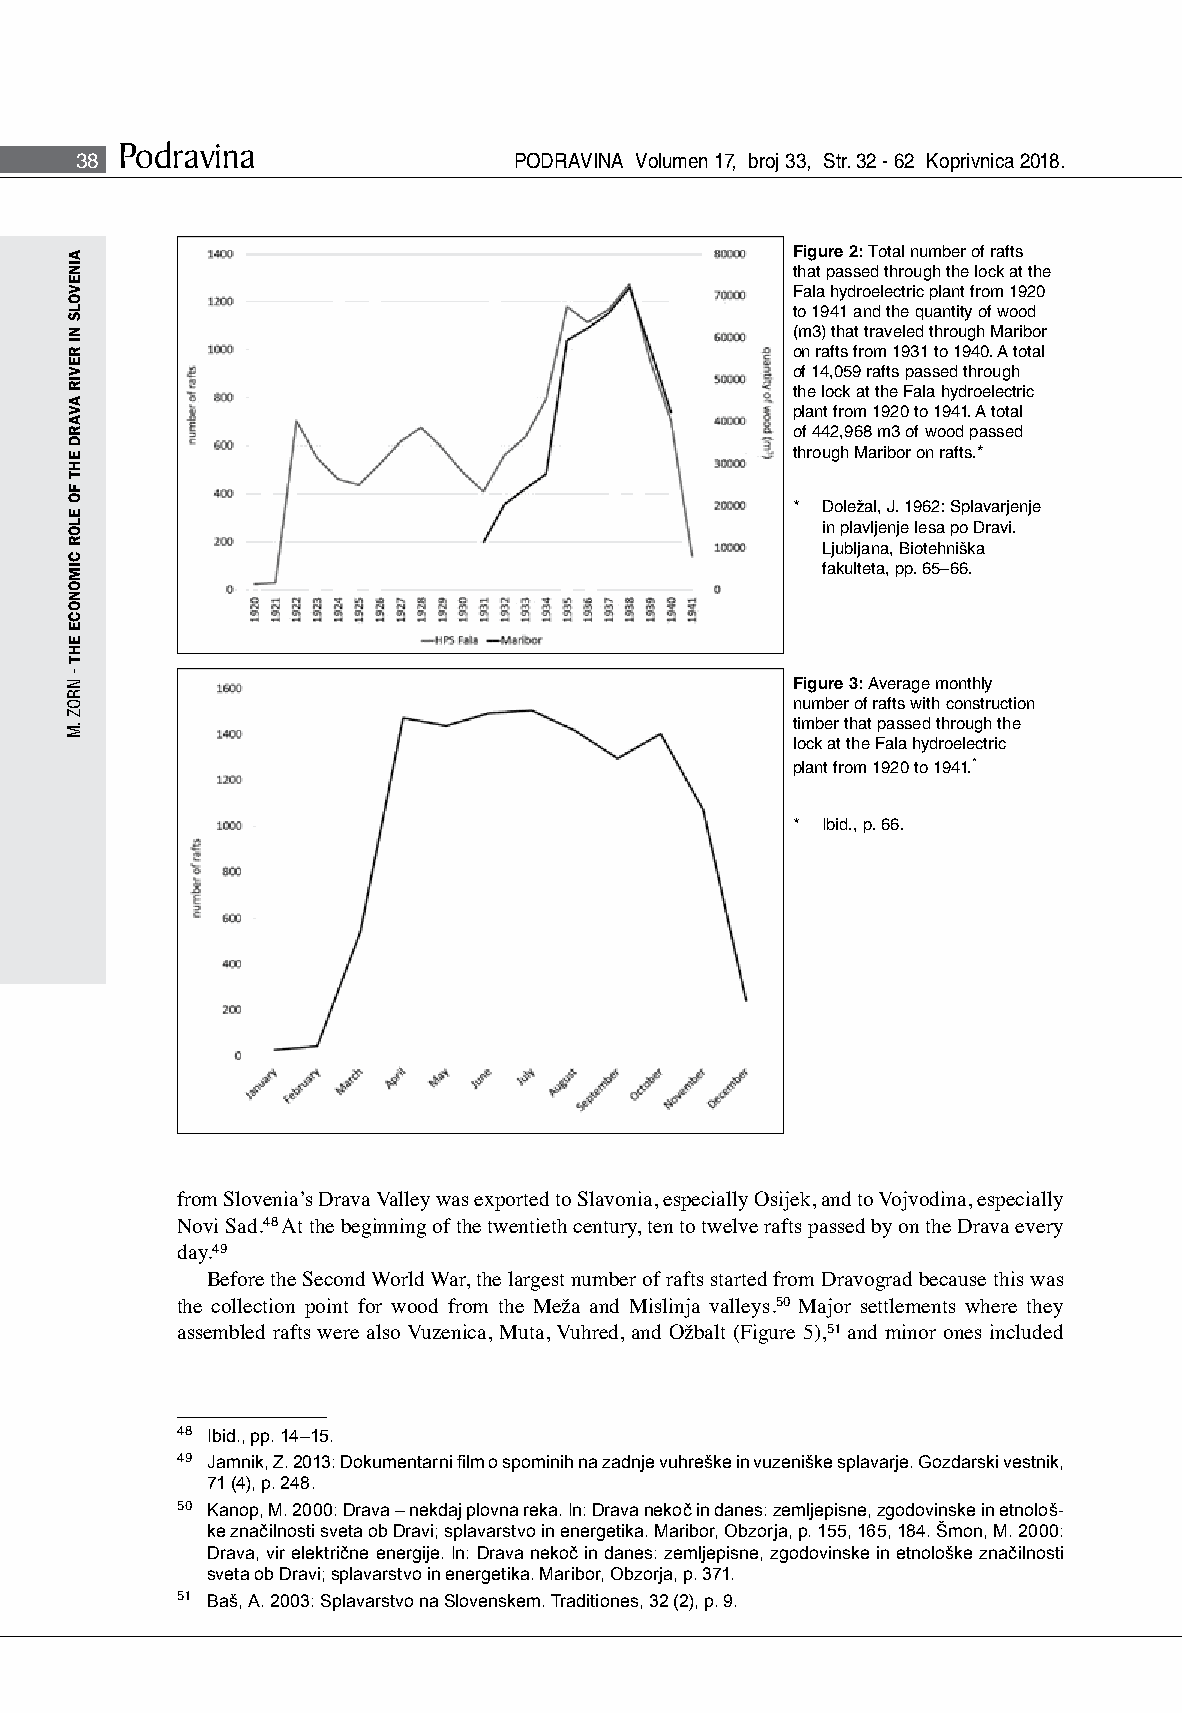
Podravina
 38                           PODRAVINA Volumen 17, broj 33, Str. 32 - 62 Koprivnica 2018.
 Figure 2: Total number of rafts
 that passed through the lock at the
 Fala hydroelectric plant from 1920
 to 1941 and the quantity of wood
 (m3) that traveled through Maribor
 on rafts from 1931 to 1940. A total
 of 14,059 rafts passed through
 the lock at the Fala hydroelectric
 plant from 1920 to 1941. A total
 of 442,968 m3 of wood passed
 through Maribor on rafts.*
 * Doležal, J. 1962: Splavarjenje
 in plavljenje lesa po Dravi.
 Ljubljana, Biotehniška
 fakulteta, pp. 65–66.
 Figure 3: Average monthly
 number of rafts with construction
 timber that passed through the
 lock at the Fala hydroelectric
 plant from 1920 to 1941.*
 * Ibid., p. 66.
 from Slovenia’s Drava Valley was exported to Slavonia, especially Osijek, and to Vojvodina, especially
 Novi Sad.48 At the beginning of the twentieth century, ten to twelve rafts passed by on the Drava every
 day.49
 Before the Second World War, the largest number of rafts started from Dravograd because this was
 the collection point for wood from the Meža and Mislinja valleys.50 Major settlements where they
 assembled rafts were also Vuzenica, Muta, Vuhred, and Ožbalt (Figure 5),51 and minor ones included
 48 Ibid., pp. 14–15.
 49 Jamnik, Z. 2013: Dokumentarni film o spominih na zadnje vuhreške in vuzeniške splavarje. Gozdarski vestnik,
 71 (4), p. 248.
 50 Kanop, M. 2000: Drava – nekdaj plovna reka. In: Drava nekoč in danes: zemljepisne, zgodovinske in etnološ-
 ke značilnosti sveta ob Dravi; splavarstvo in energetika. Maribor, Obzorja, p. 155, 165, 184. Šmon, M. 2000:
 Drava, vir električne energije. In: Drava nekoč in danes: zemljepisne, zgodovinske in etnološke značilnosti
 sveta ob Dravi; splavarstvo in energetika. Maribor, Obzorja, p. 371.
 51 Baš, A. 2003: Splavarstvo na Slovenskem. Traditiones, 32 (2), p. 9.
 AINEVOLS
 NI
 REVIR
 AVARD
 EHT
 FO
 ELOR
 CIMONOCE
 EHT
 -
 NROZ
 .M